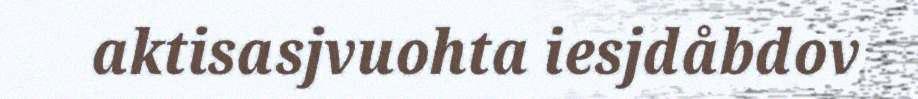
aktisasjvuohta iesjdåbdov